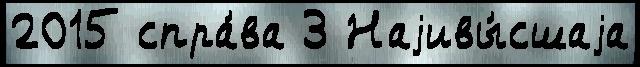
2015 спра́ва 3 Наjивы́сшаjа